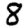
Digit: 8